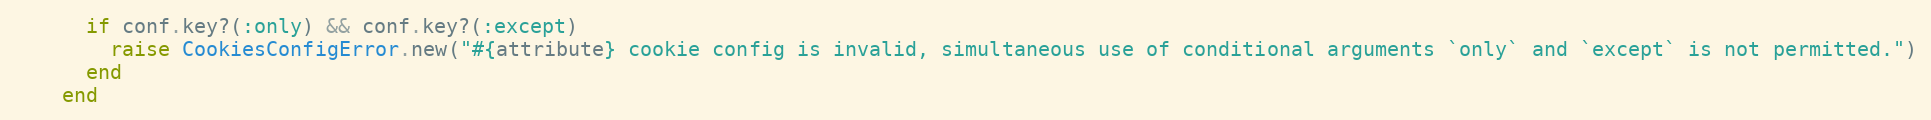
Language: Ruby
      if conf.key?(:only) && conf.key?(:except)
        raise CookiesConfigError.new("#{attribute} cookie config is invalid, simultaneous use of conditional arguments `only` and `except` is not permitted.")
      end
    end